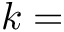
k =